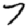
Digit: 7